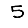
Digit: 5